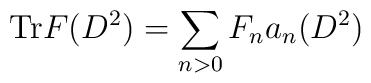
\mathrm{Tr}F(D^{2})=\displaystyle\sum\limits_{n>0}F_{n}a_{n}(D^{2})